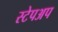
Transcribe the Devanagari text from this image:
स्टेपअप